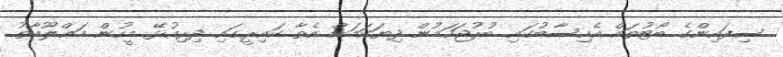
ސިފައިންގެ ބޯޓުތައް އެހިސާބުގައި ބުރުޖަހަމުން ދިޔަކަމަށް އެތާ ކައިރީގައި ދިރިއުޅޭ މީހުން މަޢްލޫމާތު